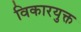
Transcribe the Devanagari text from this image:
विकारयुक्त